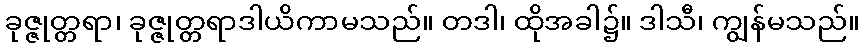
ခုဇ္ဇုတ္တရာ၊ ခုဇ္ဇုတ္တရာဒါယိကာမသည်။ တဒါ၊ ထိုအခါ၌။ ဒါသီ၊ ကျွန်မသည်။